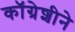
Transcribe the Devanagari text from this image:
कॉग्रेशीने